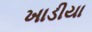
ખાડીયા